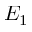
E _ { 1 }